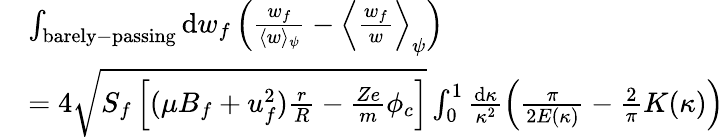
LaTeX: \begin{array}{rl}&{\int_{\mathrm{barely-passing}}\mathrm{d}w_{f}\left(\frac{w_{f}}{\langle w\rangle_{\psi}}-\Big\langle\frac{w_{f}}{w}\Big\rangle_{\psi}\right)}\\ &{=4\sqrt{S_{f}\left[(\mu B_{f}+u_{f}^{2})\frac{r}{R}-\frac{Ze}{m}\phi_{c}\right]}\int_{0}^{1}\frac{\mathrm{d}\kappa}{\kappa^{2}}\left(\frac{\pi}{2E(\kappa)}-\frac{2}{\pi}K(\kappa)\right)}\end{array}